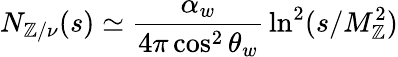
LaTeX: N_{\mathbb{Z}/\nu}(s)\simeq\displaystyle{\frac{{\alpha_{w}}}{{4\pi\cos^{2}\theta_{w}}}}\ln^{2}(s/M_{\mathbb{Z}}^{2})